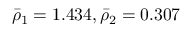
\bar { \rho } _ { 1 } = 1 . 4 3 4 , \bar { \rho } _ { 2 } = 0 . 3 0 7